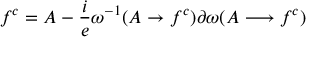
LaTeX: f ^ { c } = A - \frac { i } { e } \omega ^ { - 1 } ( A \rightarrow f ^ { c } ) \partial \omega ( A \longrightarrow f ^ { c } )